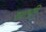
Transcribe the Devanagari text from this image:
दशभूमि